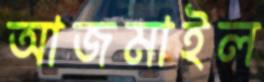
আজমাইল